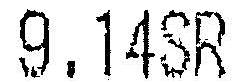
9.14SR